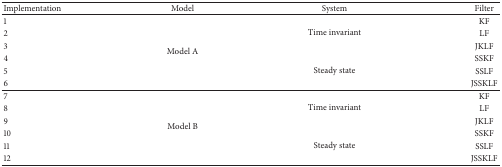
<table><thead><tr><td><b>Implementation</b></td><td><b>Model</b></td><td><b>System</b></td><td><b>Filter</b></td></tr></thead><tbody><tr><td>1</td><td rowspan="6">Model A</td><td rowspan="3">Time invariant</td><td>KF</td></tr><tr><td>2</td><td>LF</td></tr><tr><td>3</td><td>JKLF</td></tr><tr><td>4</td><td rowspan="3">Steady state</td><td>SSKF</td></tr><tr><td>5</td><td>SSLF</td></tr><tr><td>6</td><td>JSSKLF</td></tr><tr><td>7</td><td rowspan="6">Model B</td><td rowspan="3">Time invariant</td><td>KF</td></tr><tr><td>8</td><td>LF</td></tr><tr><td>9</td><td>JKLF</td></tr><tr><td>10</td><td rowspan="3">Steady state</td><td>SSKF</td></tr><tr><td>11</td><td>SSLF</td></tr><tr><td>12</td><td>JSSKLF</td></tr></tbody></table>